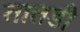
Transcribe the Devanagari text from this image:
तातडी